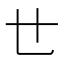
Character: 𠃒